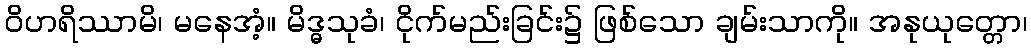
ဝိဟရိဿာမိ၊ မနေအံ့။ မိဒ္ဓသုခံ၊ ငိုက်မည်းခြင်း၌ ဖြစ်သော ချမ်းသာကို။ အနုယုတ္တော၊